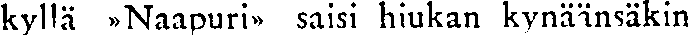
kyllä »Naapuri» saisi hiukan kynäänsäkin